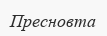
Пресновта